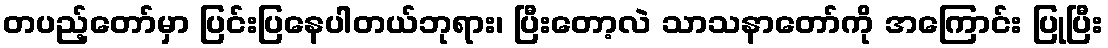
တပည့်တော်မှာ ပြင်းပြနေပါတယ်ဘုရား၊ ပြီးတော့လဲ သာသနာတော်ကို အကြောင်း ပြုပြီး